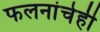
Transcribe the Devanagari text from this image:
फलनांचेही